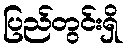
ပြည်တွင်းရှိ